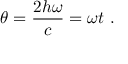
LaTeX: \theta = { \frac { 2 h \omega } { c } } = \omega t \ .